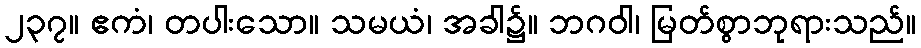
၂၃၇။ ဧကံ၊ တပါးသော။ သမယံ၊ အခါ၌။ ဘဂဝါ၊ မြတ်စွာဘုရားသည်။